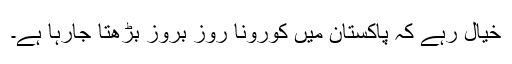
خیال رہے کہ پاکستان میں کورونا روز بروز بڑهتا جارہا ہے۔